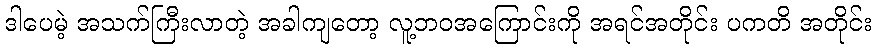
ဒါပေမဲ့ အသက်ကြီးလာတဲ့ အခါကျတော့ လူ့ဘဝအကြောင်းကို အရင်အတိုင်း ပကတိ အတိုင်း